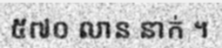
៥៧០ លាន នាក់ ។